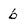
Character: b